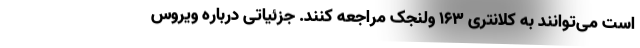
است می‌توانند به کلانتری ۱۶۳ ولنجک مراجعه کنند. جزئیاتی درباره ویروس